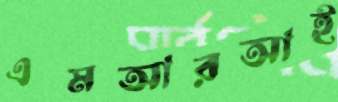
এমআরআই